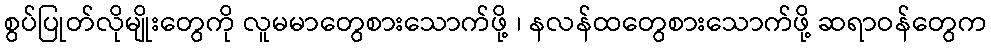
စွပ်ပြုတ်လိုမျိုးတွေကို လူမမာတွေစားသောက်ဖို့ ၊ နလန်ထတွေစားသောက်ဖို့ ဆရာဝန်တွေက